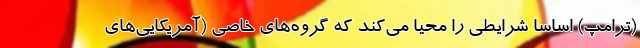
(ترامپ) اساساً شرایطی را محیا می‌کند که گروه‌های خاصی (آمریکایی‌های